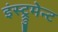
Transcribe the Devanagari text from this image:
इंस्ट्रुमेन्ट